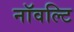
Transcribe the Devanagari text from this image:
नॉवल्टि